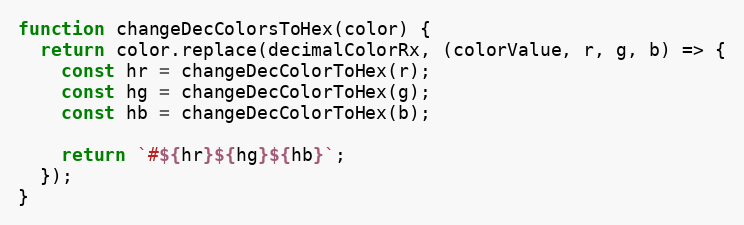
Language: JavaScript
function changeDecColorsToHex(color) {
  return color.replace(decimalColorRx, (colorValue, r, g, b) => {
    const hr = changeDecColorToHex(r);
    const hg = changeDecColorToHex(g);
    const hb = changeDecColorToHex(b);

    return `#${hr}${hg}${hb}`;
  });
}